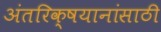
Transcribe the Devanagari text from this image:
अंतरिक्षयानांसाठी